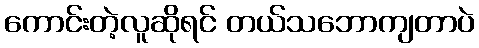
ကောင်းတဲ့လူဆိုရင် တယ်သဘောကျတာပဲ